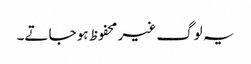
یہ لوگ غیر محفوظ ہو جاتے۔